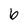
Character: 6